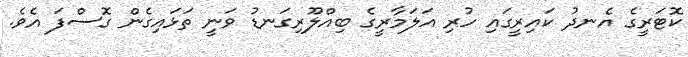
ކޮޓަރީގެ އެނދު ކައިރީގައި ހުރި އަލަމާރީގެ ބިއްލޫރިގަނޑު ވަނީ ތަޅައިގެން ގޮސްފަ އެވެ.